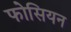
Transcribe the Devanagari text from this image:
फोसियन